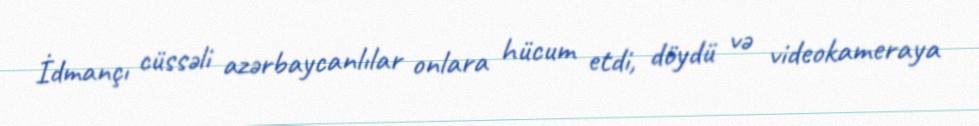
İdmançı cüssəli azərbaycanlılar onlara hücum etdi, döydü və videokameraya